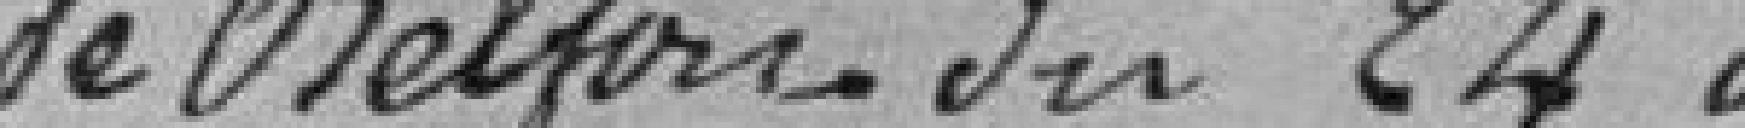
de Belfort du 24 du